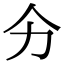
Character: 𭄞